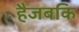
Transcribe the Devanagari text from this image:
हैजबकि